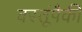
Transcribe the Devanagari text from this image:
वस्तूंपैकी